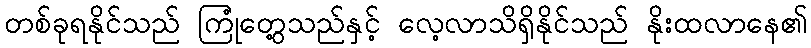
တစ်ခုရနိုင်သည် ကြုံတွေ့သည်နှင့် လေ့လာသိရှိနိုင်သည် နိုးထလာနေ၏